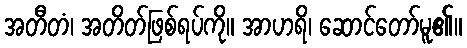
အတီတံ၊ အတိတ်ဖြစ်ရပ်ကို။ အာဟရိ၊ ဆောင်တော်မူ၏။